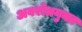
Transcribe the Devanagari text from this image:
अवरोधयुक्त